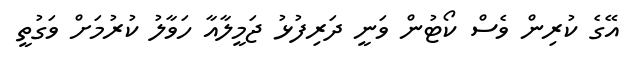
އޭގެ ކުރިން ވެސް ކޯޓުން ވަނީ ދަރިފުޅު ޖަމީލާއާ ހަވާލު ކުރުމަށް ވަގުތީ